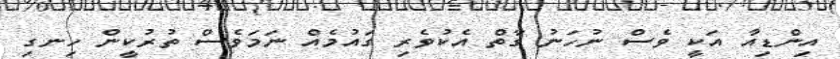
އިންޑިއާ އަކީ ވެސް ނުހަނު ގާތް އެކުވެރި ގައުމެއް ނަމަވެސް ތުރުކީން ހިނގި